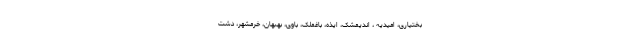
بختیاری، امیدیه ، اندیمشک، ایذه، باغملک، باوی، بهبهان، خرمشهر، دشت